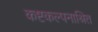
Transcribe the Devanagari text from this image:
कष्टकल्पनाश्रित